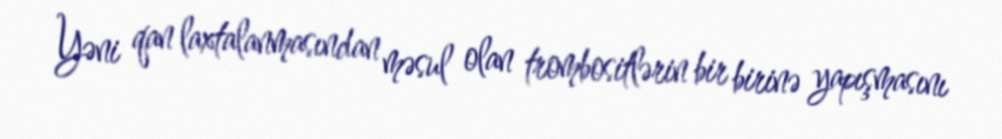
Yəni qan laxtalanmasından məsul olan trombositlərin bir birinə yapışmasını